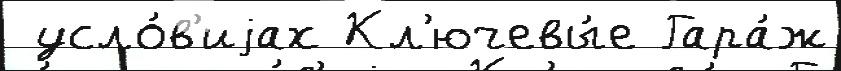
 усло́в'иjах Кл'ючевы́е Гара́ж